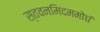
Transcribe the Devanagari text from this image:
स्तवनमिदममोघं